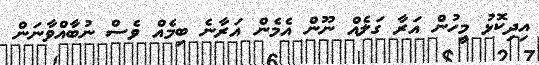
އިދިކޮޅު މީހުން އަރާ ގަލެއް ނޫން އެމެން އަރާނެ ބިމެއް ވެސް ނުބާއްވާނަން